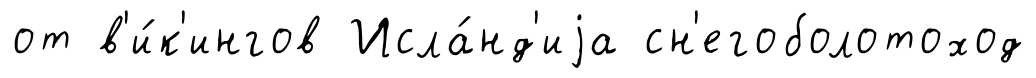
от в'и́к'ингов Исла́нд'иjа сн'егоболотоход